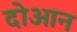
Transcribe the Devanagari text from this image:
दोआन